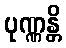
ပုဏ္ဏန္တိ